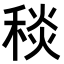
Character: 𥟢